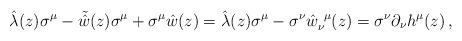
LaTeX: \begin{align*}\hat{\lambda}(z)\sigma^{\mu}-\tilde{\hat{w}}(z)\sigma^{\mu}+\sigma^{\mu}\hat{w}(z)=\hat{\lambda}(z)\sigma^{\mu}-\sigma^{\nu}\hat{w}_{\nu}^{~\mu}(z)=\sigma^{\nu}\partial_{\nu}h^{\mu}(z)\,,\end{align*}